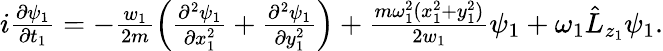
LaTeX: \begin{array}{r}{i\frac{\partial\psi_{1}}{\partial t_{1}}=-\frac{w_{1}}{2m}\left(\frac{\partial^{2}\psi_{1}}{\partial x_{1}^{2}}+\frac{\partial^{2}\psi_{1}}{\partial y_{1}^{2}}\right)+\frac{m\omega_{1}^{2}(x_{1}^{2}+y_{1}^{2})}{2w_{1}}\psi_{1}+\omega_{1}\hat{L}_{z_{1}}\psi_{1}.}\end{array}